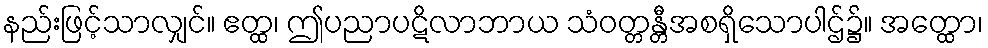
နည်းဖြင့်သာလျှင်။ ဧတ္ထ၊ ဤပညာပဋိလာဘာယ သံဝတ္တန္တီအစရှိသောပါဌ်၌။ အတ္ထော၊